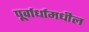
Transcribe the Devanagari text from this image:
पूर्वार्धामधील